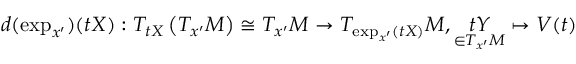
d ( \exp _ { x ^ { \prime } } ) ( t X ) : T _ { t X } \left( T _ { x ^ { \prime } } M \right) \cong T _ { x ^ { \prime } } M \rightarrow T _ { \exp _ { x ^ { \prime } } ( t X ) } M , \underset { \in T _ { x ^ { \prime } } M } { t Y } \mapsto V ( t )